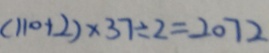
( 1 1 0 + 2 ) \times 3 7 \div 2 = 2 0 7 2